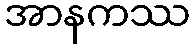
အာနကဿ